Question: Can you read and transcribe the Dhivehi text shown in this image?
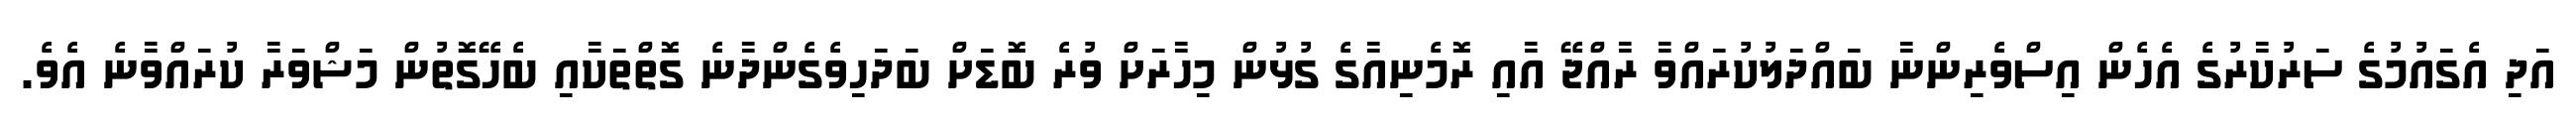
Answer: އަދި އެގައުމުގެ ސަރުކާރުގެ އެހެން އިސްވެރިންނާ ބައްދަލުކުރައްވާ ރާއްޖޭ އާއި ރޮމެނިއާގެ ގުޅުން މިހާރަށް ވުރެ ބޮޑަށް ބަދަހިވެގެންދާނެ ގޮތްތަކާއި ބެހޭގޮތުން މަޝްވަރާ ކުރައްވާނެ އެވެ.